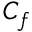
C _ { f }